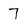
Character: 7